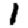
Digit: 1